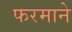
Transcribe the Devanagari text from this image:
फरमाने